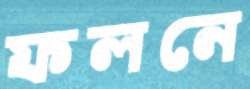
ফলনে